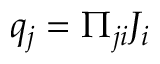
q _ { j } = \Pi _ { j i } J _ { i }